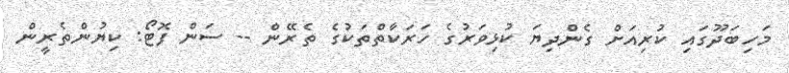
މަހިބަދޫގައި ކުރިއަށް ގެންދިޔަ ކުޅިވަރުގެ ހަރަކާތްތަކުގެ ތެރޭން -- ސަން ފޮޓޯ: ކިޔުންތެރީން